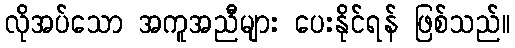
လိုအပ်သော အကူအညီများ ပေးနိုင်ရန် ဖြစ်သည်။